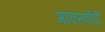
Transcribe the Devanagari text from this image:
मार्क्स्वादी